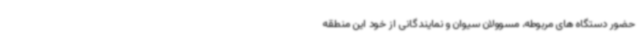
حضور دستگاه های مربوطه، مسوولان سیوان و نمایندگانی از خود این منطقه